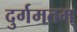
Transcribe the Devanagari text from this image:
दुर्गमतम्